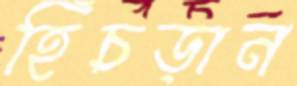
হিঁচড়ান